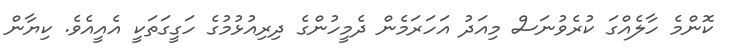
ކޮންމެ ހާލެއްގަ ކުރެވުނަސް މިއަދު އަހަރަމެން ދެމީހުންގެ ދިރިއުޅުމުގެ ހަގީގަތަކީ އެއީއެވެ. ކިޔާން